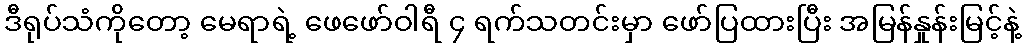
ဒီရုပ်သံကိုတော့ မေရာရဲ့ ဖေဖော်ဝါရီ ၄ ရက်သတင်းမှာ ဖော်ပြထားပြီး အမြန်နှုန်းမြင့်နဲ့